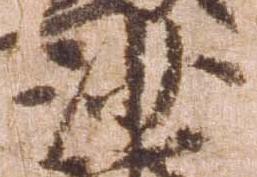
沙